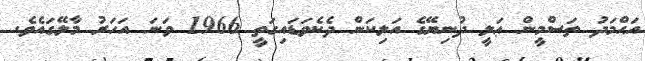
އަޙްމަދު ތަސްމީން ޢަލީ ދުނިޔޭގެ އަލިކަން ދެކެވަޑައިގަތީ 1966 ވަނަ އަހަރު މާލޭގައެވެ.